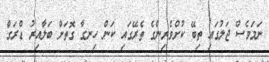
ނަމަވެސް ޖަލުގައި ތިބޭ ކުށްވެރިންގެ ތެރޭގައި ކަން ހިނގާ ގޮތަށް ބަލާއިރު ޑްރަގް